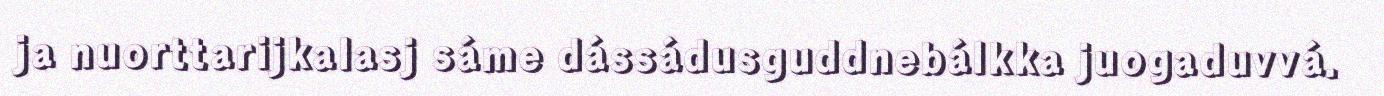
ja nuorttarijkalasj sáme dássádusguddnebálkka juogaduvvá.